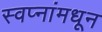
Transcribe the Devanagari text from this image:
स्वप्नांमधून